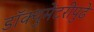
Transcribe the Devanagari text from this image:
डॉक्युमेंटरीपुढे